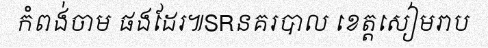
កំពង់ចាម ផងដែរ៕SRនគរបាល ខេត្តសៀមរាប